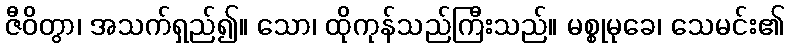
ဇီဝိတွာ၊ အသက်ရှည်၍။ သော၊ ထိုကုန်သည်ကြီးသည်။ မစ္စုမုခေ၊ သေမင်း၏